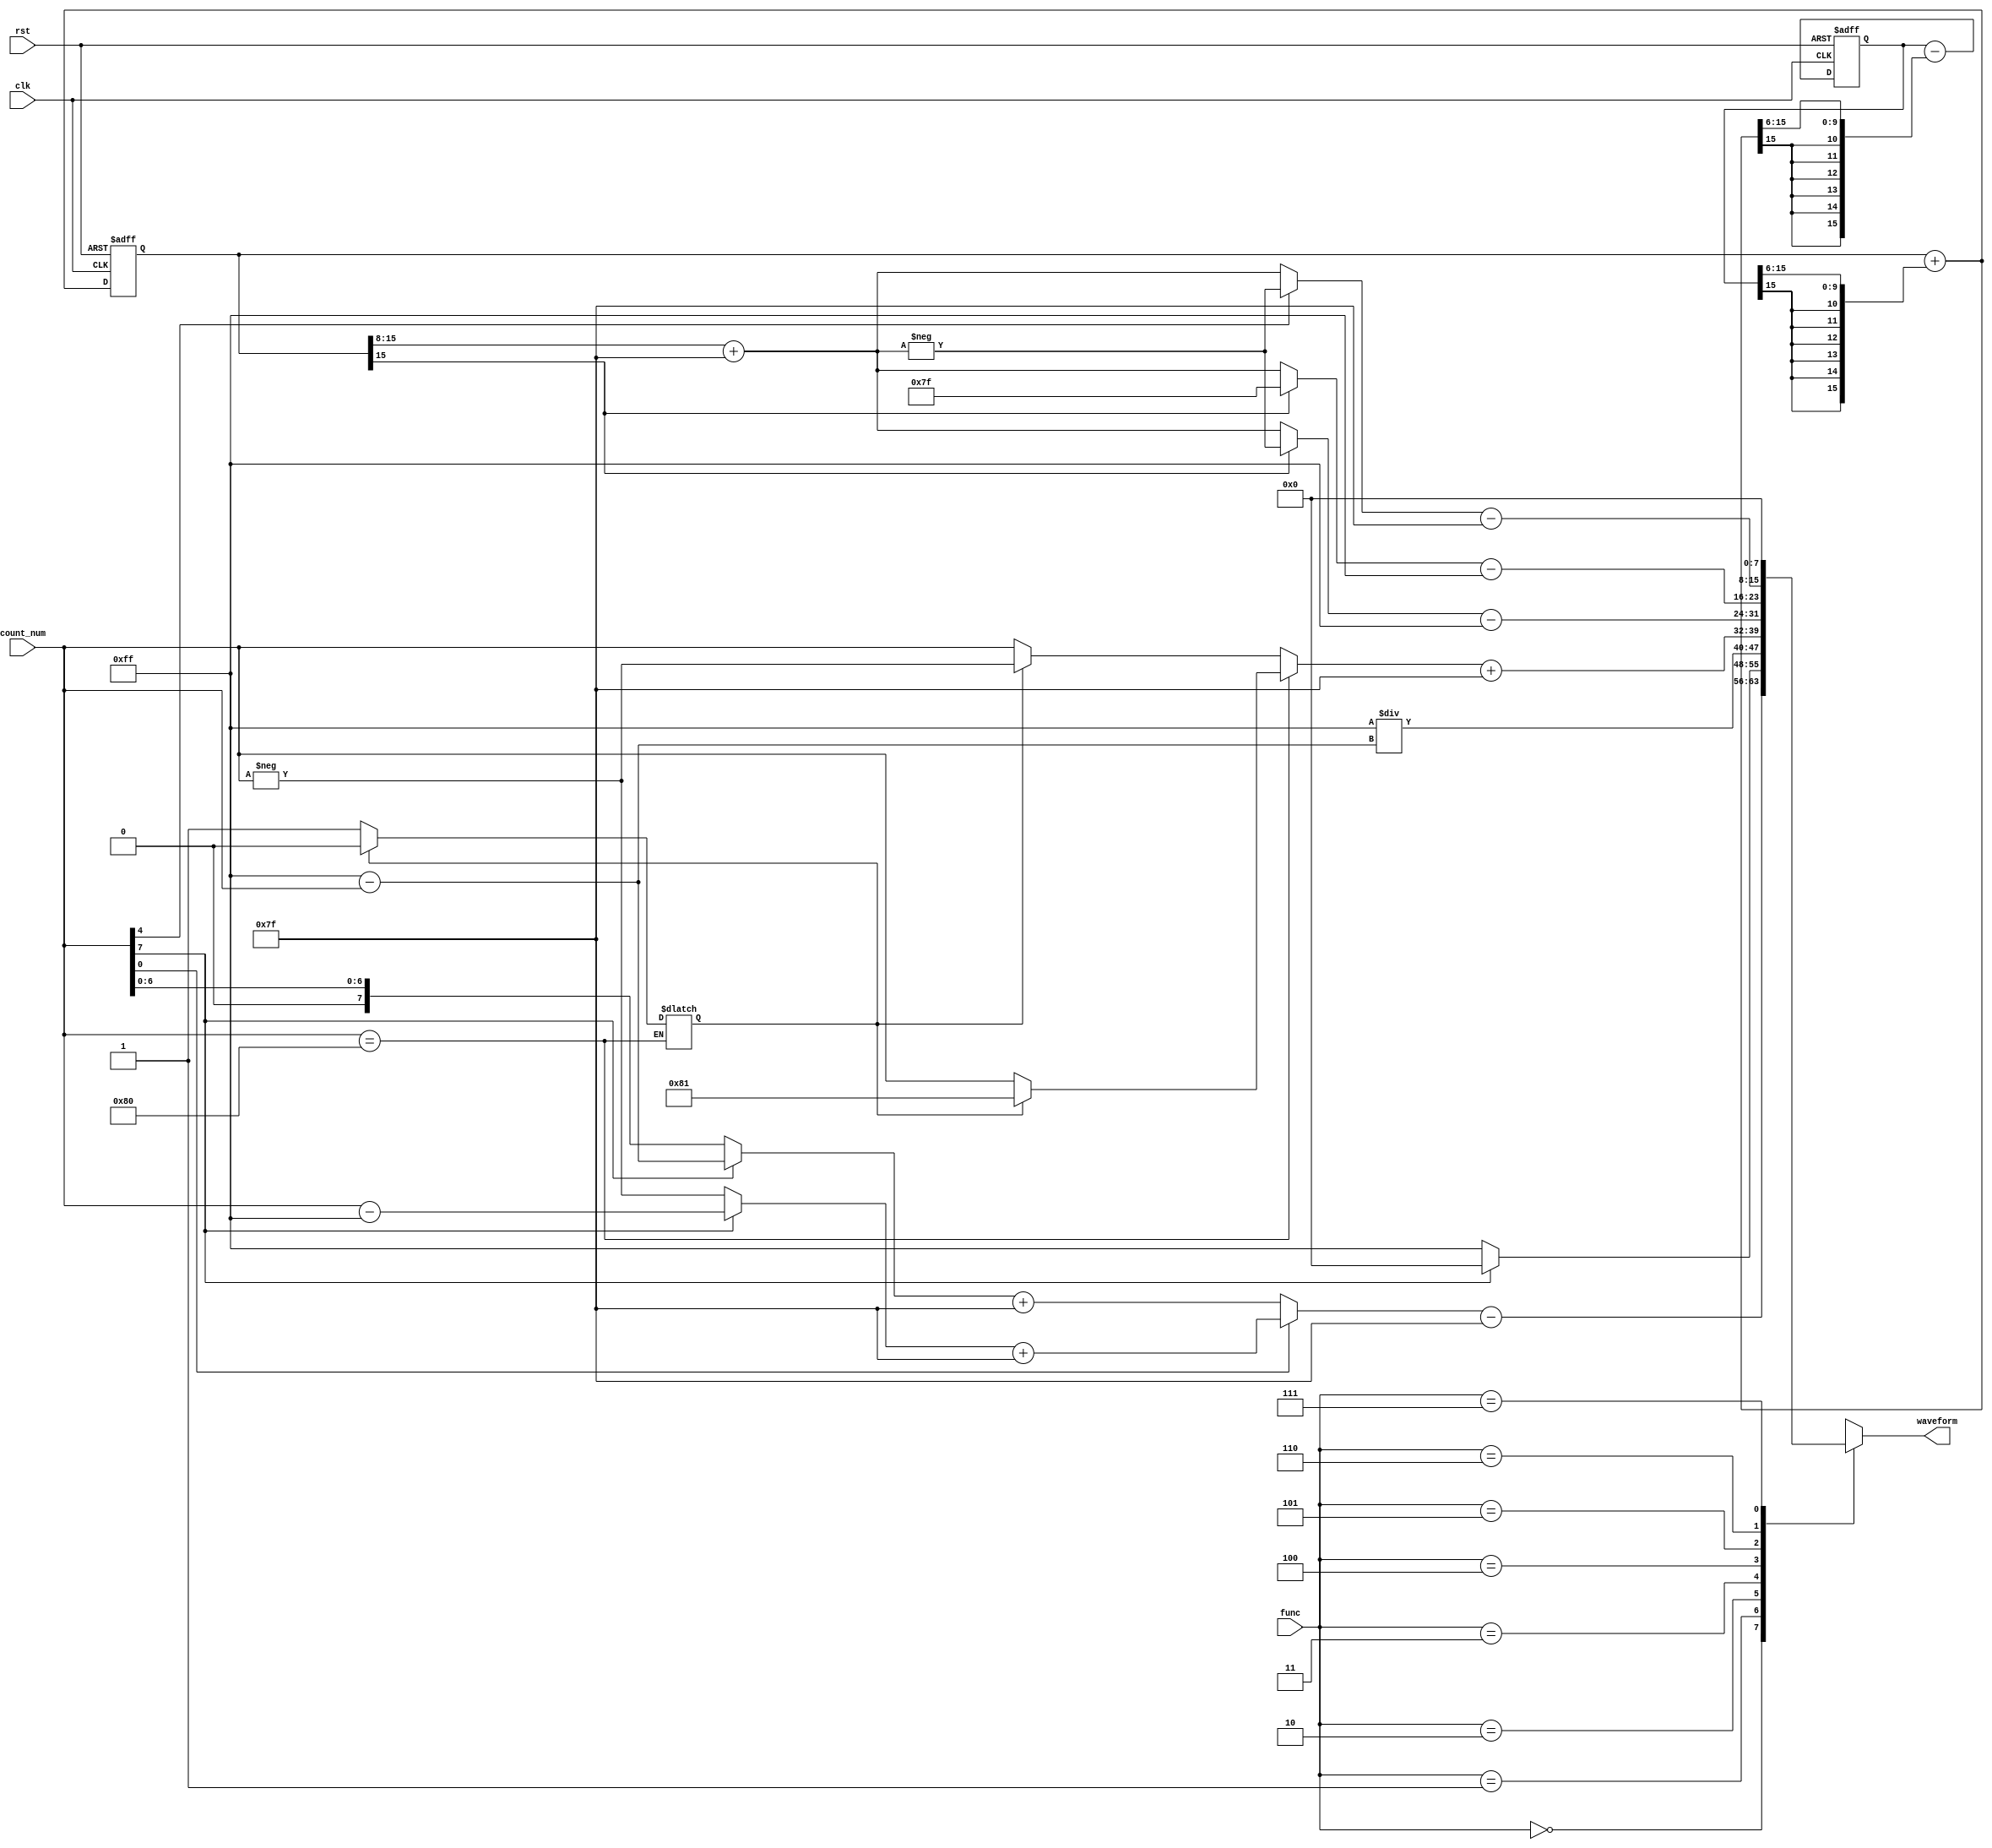
`timescale 1ns/1ns
module WaveformGeneratorProcessor(input clk,input rst,input [2:0] func,input [7:0] count_num, output reg [7:0] waveform);
    reg [7:0] rhomboid, square, reciprocal, triangle, full_wave_rectified, half_wave_rectified, sinusoidally_modulated_square_wave, sin_moved, up, down;
    reg [15:0] sin, cos, n_sin, n_cos;
    reg sign = 1'b0;

    always @(count_num) begin
        {up, down} = 16'b0000000000000000;
        if (count_num[7]) begin up = 8'b11111111 - count_num; down = count_num - 8'b11111111; end
        else begin up = count_num; down = -count_num; end
    end

    always @(count_num or up or down) begin
        rhomboid = 8'b00000000;
        if (count_num[0]) rhomboid = down + 8'b01111111;
        else rhomboid = up + 8'b01111111;
    end

    always @(count_num) begin
        square = 8'b11111111;
        if (count_num[7]) square = 8'b00000000;
    end

    always @(count_num) begin
        reciprocal = 8'b11111111 / (8'b11111111 - count_num);
    end

     always @(count_num) begin
        if(count_num == 8'b10000000) begin
            if(sign == 1'b0) begin sign = 1'b1; triangle = count_num; end
            else begin sign = 1'b0;  triangle = 8'b10000001; end
        end
        else begin
            if (sign == 1'b0) triangle = count_num;
            else triangle = -count_num;
        end
    end

    always @(posedge clk or posedge rst) begin
        if (rst) begin sin <= 16'b0000000000000000; cos <= 16'b0111010100110000; end
        else begin sin <= n_sin; cos <= n_cos; end
    end

    always @(sin or cos) begin
        n_sin = sin + {{6{cos[15]}}, cos[15:6]};
    end

    always @(n_sin or cos) begin
        n_cos = cos - {{6{n_sin[15]}}, n_sin[15:6]};
    end

    always @(sin) begin
        sin_moved = sin[15:8] + 8'b01111111;
    end

    always @(sin or sin_moved) begin
        full_wave_rectified = 8'b00000000;
        if (sin[15]) full_wave_rectified = -sin_moved;
        else full_wave_rectified = sin_moved;
    end

    always @(sin or sin_moved) begin
        half_wave_rectified = 8'b00000000;
        if (sin[15]) half_wave_rectified = 8'b01111111;
        else half_wave_rectified = sin_moved;       
    end

    always @(count_num or sin_moved) begin
        sinusoidally_modulated_square_wave = 8'b00000000;
        if (count_num[4]) sinusoidally_modulated_square_wave = -sin_moved;
        else sinusoidally_modulated_square_wave = sin_moved;
    end

    always @(rhomboid or square or reciprocal or triangle or full_wave_rectified or half_wave_rectified or sinusoidally_modulated_square_wave or func) 
    begin
        waveform = 8'b00000000;
        case (func)
            3'b000: waveform = rhomboid - 8'b01111111;
            3'b001: waveform = square;
            3'b010: waveform = reciprocal;
            3'b011: waveform = triangle + 8'b01111111;
            3'b100: waveform = full_wave_rectified - 8'b11111111;
            3'b101: waveform = half_wave_rectified - 8'b11111111;
            3'b110: waveform = sinusoidally_modulated_square_wave - 8'b01111111;
            3'b111: waveform = 8'b00000000;
        endcase
    end
endmodule